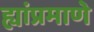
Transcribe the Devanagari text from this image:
ह्यांप्रमाणे